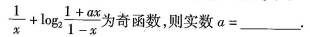
\frac { 1 } { x } + \log _ { 2 } \frac { 1 + a x } { 1 - x }$$为奇函数，则实数$$\alpha